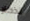
تذكار